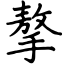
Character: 摮